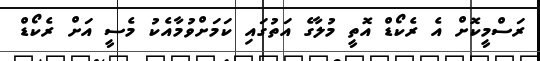
ރަސްމީކޮށް އެ ރެކޯޑް އޮތީ މުލާގެ އަތުގައި ކަމަށްވުމާއެކު މެސީ އަށް ރެކޯޑް